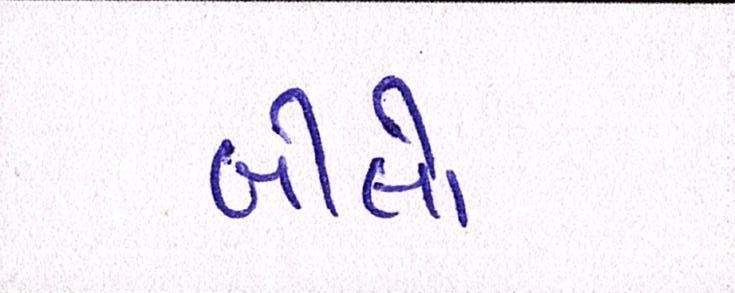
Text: બીલો